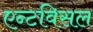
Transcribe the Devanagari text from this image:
एन्टविसल